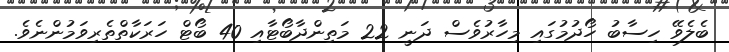
ބެލެވޭ ހިސާބު ހޯދުމުގައި މިހާރުވެސް ދަނީ 22 މަތިންދާބޯޓާއި 40 ބޯޓް ހަރަކާތްތެރިވަމުންނެވެ.